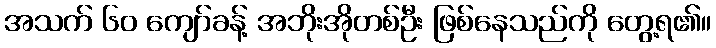
အသက် ၆၀ ကျော်ခန့် အဘိုးအိုတစ်ဦး ဖြစ်နေသည်ကို တွေ့ရ၏။